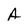
Character: A